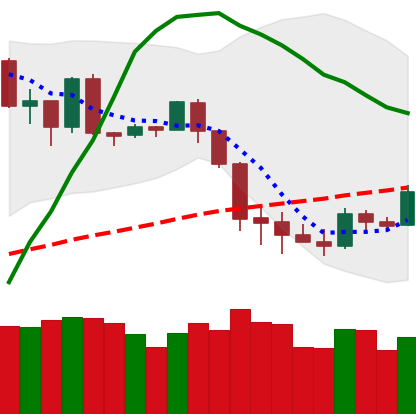
Ticker: BTC-USD
Chart end date: 2020-03-05
Forward return: -12.877%
Label: down_7plus